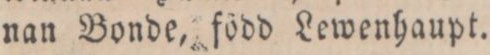
nan Bonde, född Lewenhaupt.